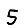
Digit: 5